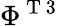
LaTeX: \Phi^{\mathrm{~T~3~}}